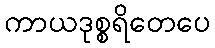
ကာယဒုစ္စရိတေပေ